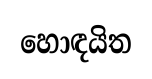
හොඳයිත